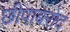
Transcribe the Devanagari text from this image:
छीपाबरोद